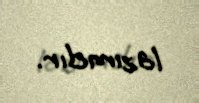
lazımdır.